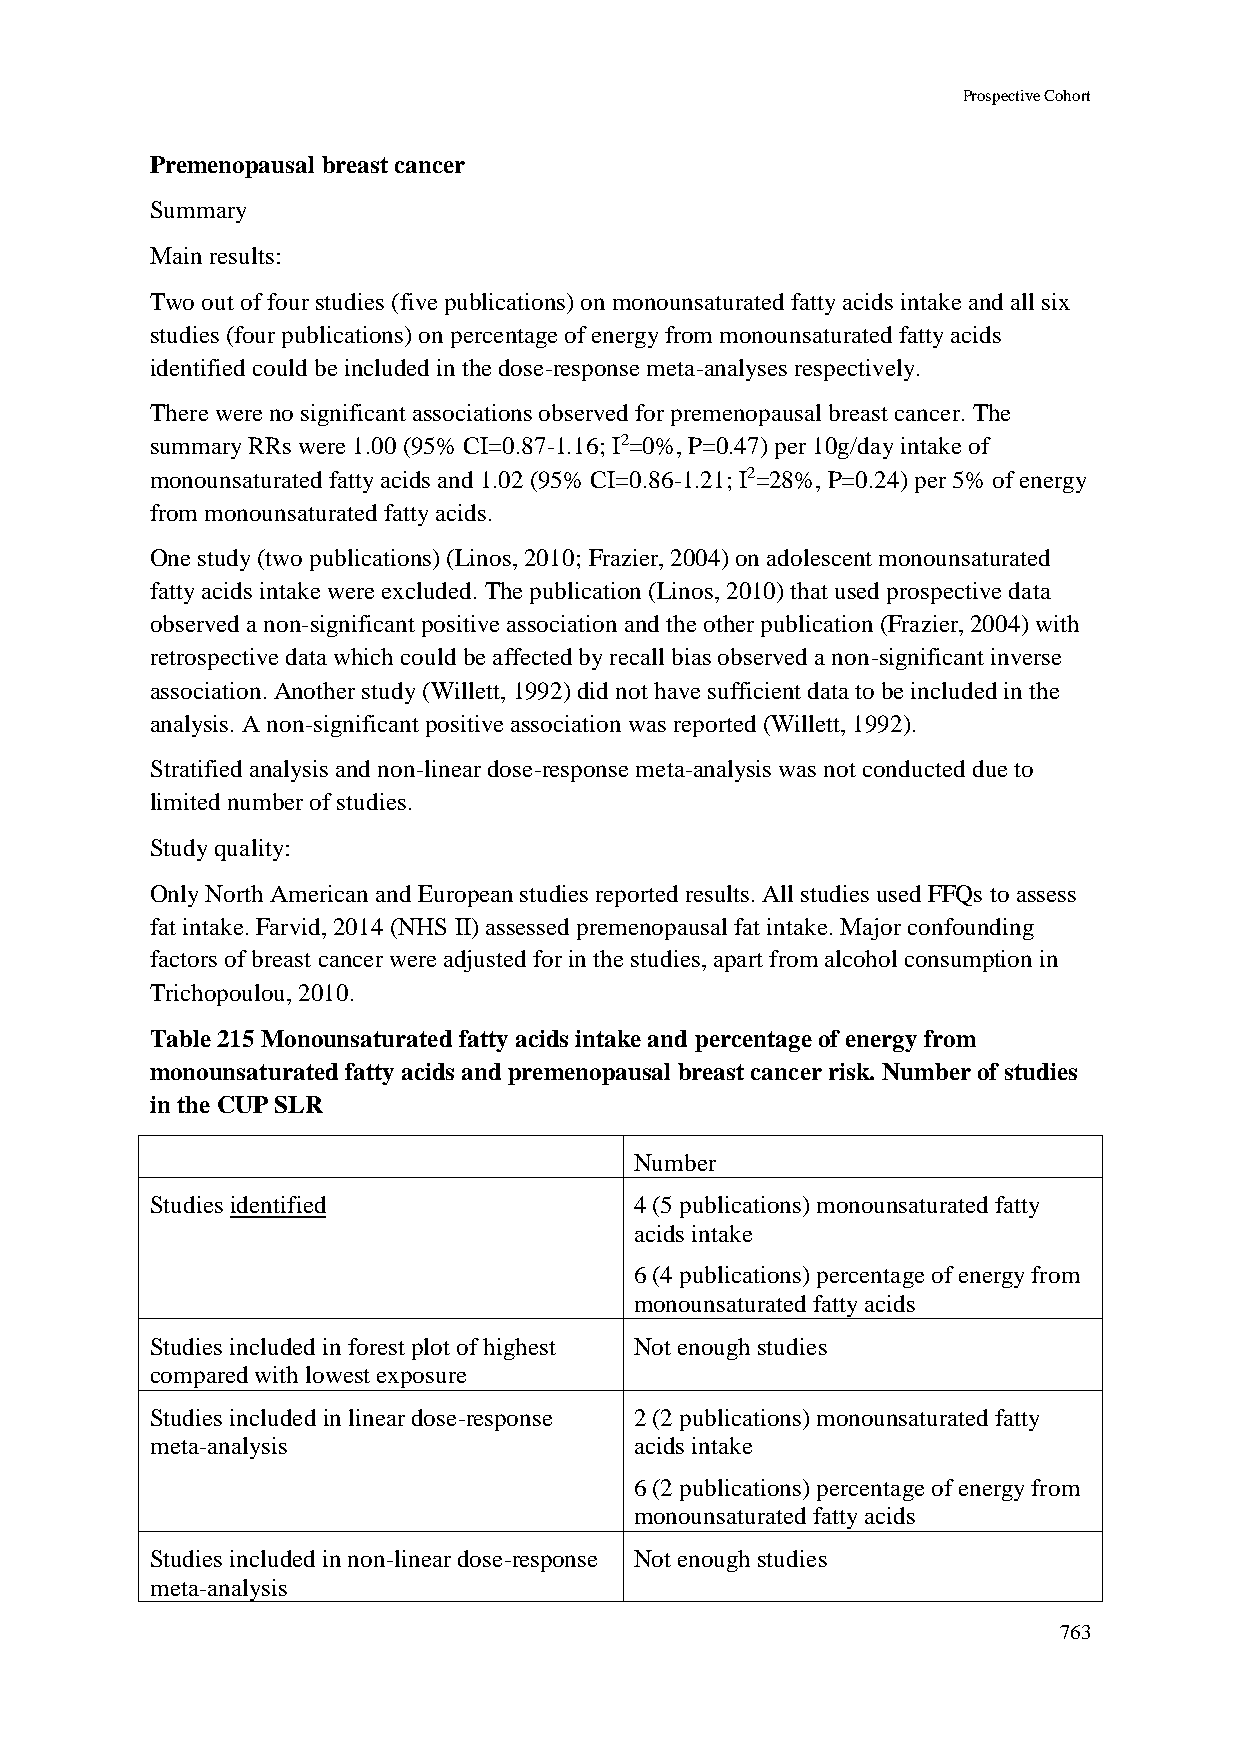
Prospective Cohort
 Premenopausal breast cancer
 Summary
 Main results:
 Two out of four studies (five publications) on monounsaturated fatty acids intake and all six
 studies (four publications) on percentage of energy from monounsaturated fatty acids
 identified could be included in the dose-response meta-analyses respectively.
 There were no significant associations observed for premenopausal breast cancer. The
 summary RRs were 1.00 (95% CI=0.87-1.16; I2=0%, P=0.47) per 10g/day intake of
 monounsaturated fatty acids and 1.02 (95% CI=0.86-1.21; I2=28%, P=0.24) per 5% of energy
 from monounsaturated fatty acids.
 One study (two publications) (Linos, 2010; Frazier, 2004) on adolescent monounsaturated
 fatty acids intake were excluded. The publication (Linos, 2010) that used prospective data
 observed a non-significant positive association and the other publication (Frazier, 2004) with
 retrospective data which could be affected by recall bias observed a non-significant inverse
 association. Another study (Willett, 1992) did not have sufficient data to be included in the
 analysis. A non-significant positive association was reported (Willett, 1992).
 Stratified analysis and non-linear dose-response meta-analysis was not conducted due to
 limited number of studies.
 Study quality:
 Only North American and European studies reported results. All studies used FFQs to assess
 fat intake. Farvid, 2014 (NHS II) assessed premenopausal fat intake. Major confounding
 factors of breast cancer were adjusted for in the studies, apart from alcohol consumption in
 Trichopoulou, 2010.
 Table 215 Monounsaturated fatty acids intake and percentage of energy from
 monounsaturated fatty acids and premenopausal breast cancer risk. Number of studies
 in the CUP SLR
 Number
 Studies identified              4 (5 publications) monounsaturated fatty
 acids intake
 6 (4 publications) percentage of energy from
 monounsaturated fatty acids
 Studies included in forest plot of highest Not enough studies
 compared with lowest exposure
 Studies included in linear dose-response 2 (2 publications) monounsaturated fatty
 meta-analysis                   acids intake
 6 (2 publications) percentage of energy from
 monounsaturated fatty acids
 Studies included in non-linear dose-response Not enough studies
 meta-analysis
 763